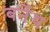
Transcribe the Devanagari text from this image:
बर्नेथ